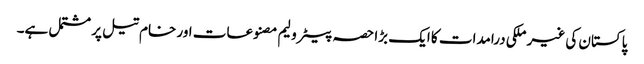
پاکستان کی غیر ملکی درامدات کا ایک بڑا حصہ پیٹرولیم مصنوعات اور خام تیل پر مشتمل ہے۔